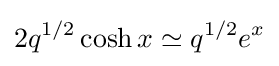
2q^{1/2}\cosh x\simeq q^{1/2}e^{x}